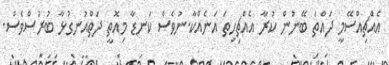
އެއްޗިއްސޭމީ ދައްތަ ބޭނުން ކުރާ އެއްޗިހިތަ އަނެއްކާ.ނުވެސް ކަނޑާ މިއޮތީ ދަތްއުނގުޅާ ބުރުސްވެސް.